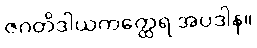
ဇဂတိဒါယကတ္ထေရ အပဒါန။